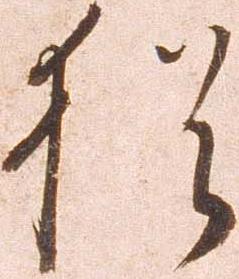
猶